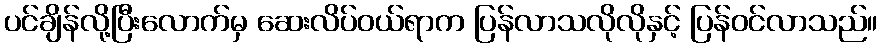
ပင်ချိန်လို့ပြီးလောက်မှ ဆေးလိပ်ဝယ်ရာက ပြန်လာသလိုလိုနှင့် ပြန်ဝင်လာသည်။